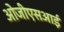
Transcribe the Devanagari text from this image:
ओजीएसआई